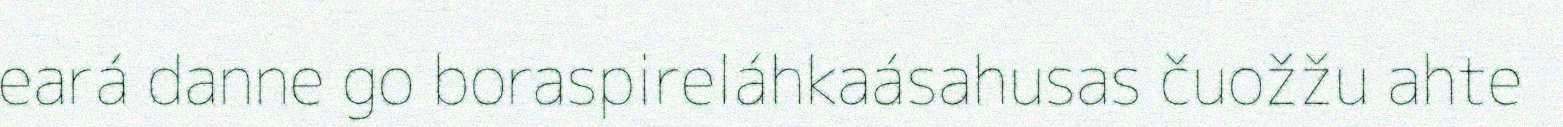
eará danne go boraspireláhkaásahusas čuožžu ahte